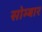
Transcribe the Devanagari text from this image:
सोम्बार